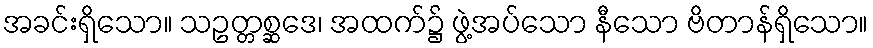
အခင်းရှိသော။ သဥတ္တစ္ဆဒေ၊ အထက်၌ ဖွဲ့အပ်သော နီသော ဗိတာန်ရှိသော။